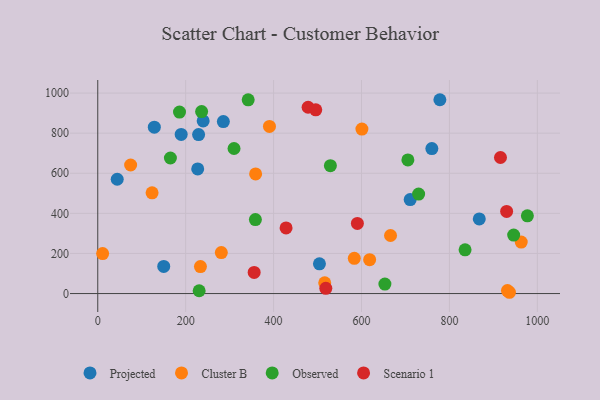
{"axis": {"x": "Study Hours", "y": "Fuel Efficiency"}, "legend": ["Cluster B", "Observed", "Projected", "Scenario 1"], "data": [{"x": "189.8", "y": 793.8, "type": "Projected"}, {"x": "710.7", "y": 468.9, "type": "Projected"}, {"x": "44.3", "y": 570.3, "type": "Projected"}, {"x": "760.0", "y": 723.1, "type": "Projected"}, {"x": "128.7", "y": 830.1, "type": "Projected"}, {"x": "239.8", "y": 861.3, "type": "Projected"}, {"x": "778.3", "y": 966.9, "type": "Projected"}, {"x": "867.9", "y": 372.1, "type": "Projected"}, {"x": "227.4", "y": 621.8, "type": "Projected"}, {"x": "285.7", "y": 858.1, "type": "Projected"}, {"x": "229.4", "y": 793.1, "type": "Projected"}, {"x": "150.1", "y": 135.5, "type": "Projected"}, {"x": "504.3", "y": 148.3, "type": "Projected"}, {"x": "123.6", "y": 502.3, "type": "Cluster B"}, {"x": "359.1", "y": 597.0, "type": "Cluster B"}, {"x": "600.9", "y": 820.5, "type": "Cluster B"}, {"x": "74.8", "y": 641.3, "type": "Cluster B"}, {"x": "390.6", "y": 833.9, "type": "Cluster B"}, {"x": "618.5", "y": 169.2, "type": "Cluster B"}, {"x": "516.3", "y": 53.5, "type": "Cluster B"}, {"x": "281.1", "y": 204.4, "type": "Cluster B"}, {"x": "936.5", "y": 6.4, "type": "Cluster B"}, {"x": "666.0", "y": 289.7, "type": "Cluster B"}, {"x": "233.6", "y": 134.7, "type": "Cluster B"}, {"x": "11.1", "y": 199.4, "type": "Cluster B"}, {"x": "932.0", "y": 15.1, "type": "Cluster B"}, {"x": "583.6", "y": 175.7, "type": "Cluster B"}, {"x": "963.3", "y": 256.7, "type": "Cluster B"}, {"x": "946.1", "y": 291.6, "type": "Observed"}, {"x": "236.3", "y": 907.6, "type": "Observed"}, {"x": "977.3", "y": 387.7, "type": "Observed"}, {"x": "342.2", "y": 966.2, "type": "Observed"}, {"x": "529.2", "y": 637.7, "type": "Observed"}, {"x": "186.0", "y": 905.5, "type": "Observed"}, {"x": "165.3", "y": 676.3, "type": "Observed"}, {"x": "310.0", "y": 723.5, "type": "Observed"}, {"x": "358.6", "y": 369.2, "type": "Observed"}, {"x": "835.6", "y": 218.4, "type": "Observed"}, {"x": "729.9", "y": 496.3, "type": "Observed"}, {"x": "705.5", "y": 666.4, "type": "Observed"}, {"x": "653.2", "y": 47.2, "type": "Observed"}, {"x": "230.7", "y": 13.9, "type": "Observed"}, {"x": "590.6", "y": 349.6, "type": "Scenario 1"}, {"x": "355.8", "y": 105.2, "type": "Scenario 1"}, {"x": "916.1", "y": 678.6, "type": "Scenario 1"}, {"x": "428.4", "y": 327.3, "type": "Scenario 1"}, {"x": "518.8", "y": 26.2, "type": "Scenario 1"}, {"x": "478.5", "y": 929.4, "type": "Scenario 1"}, {"x": "495.9", "y": 916.3, "type": "Scenario 1"}, {"x": "930.1", "y": 409.5, "type": "Scenario 1"}]}